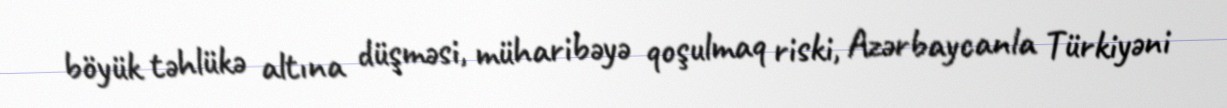
böyük təhlükə altına düşməsi, müharibəyə qoşulmaq riski, Azərbaycanla Türkiyəni